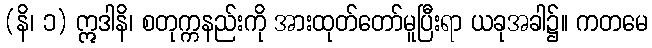
(နိ၊ ၁) ဣဒါနိ၊ စတုက္ကနည်းကို အားထုတ်တော်မူပြီးရာ ယခုအခါ၌။ ကတမေ